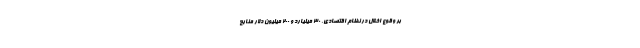
بر وقوع اخلال در نظام اقتصادی، ۳۰ میلیارد و ۲۰۰ میلیون دلار منابع